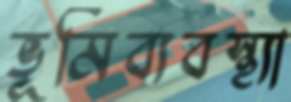
ভূমিব্যবস্থ্যা